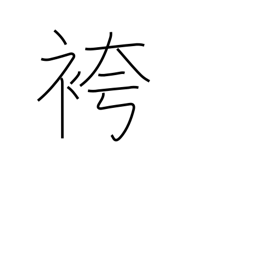
Meaning: men's formal divided skirt